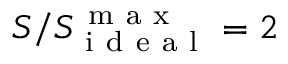
S / S _ { \mathrm { ~ i ~ d ~ e ~ a ~ l ~ } } ^ { \mathrm { ~ m ~ a ~ x ~ } } = 2